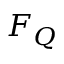
F _ { Q }